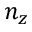
n _ { z }